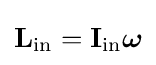
\mathbf {L} _{\text{in}}=\mathbf {I} _{\text{in}}{\boldsymbol {\omega }}